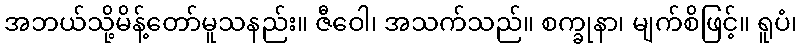
အဘယ်သို့မိန့်တော်မူသနည်း။ ဇီဝေါ၊ အသက်သည်။ စက္ခုနာ၊ မျက်စိဖြင့်။ ရူပံ၊